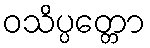
ဝသိပ္ပတ္တော